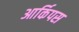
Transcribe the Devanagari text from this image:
आर्किपस